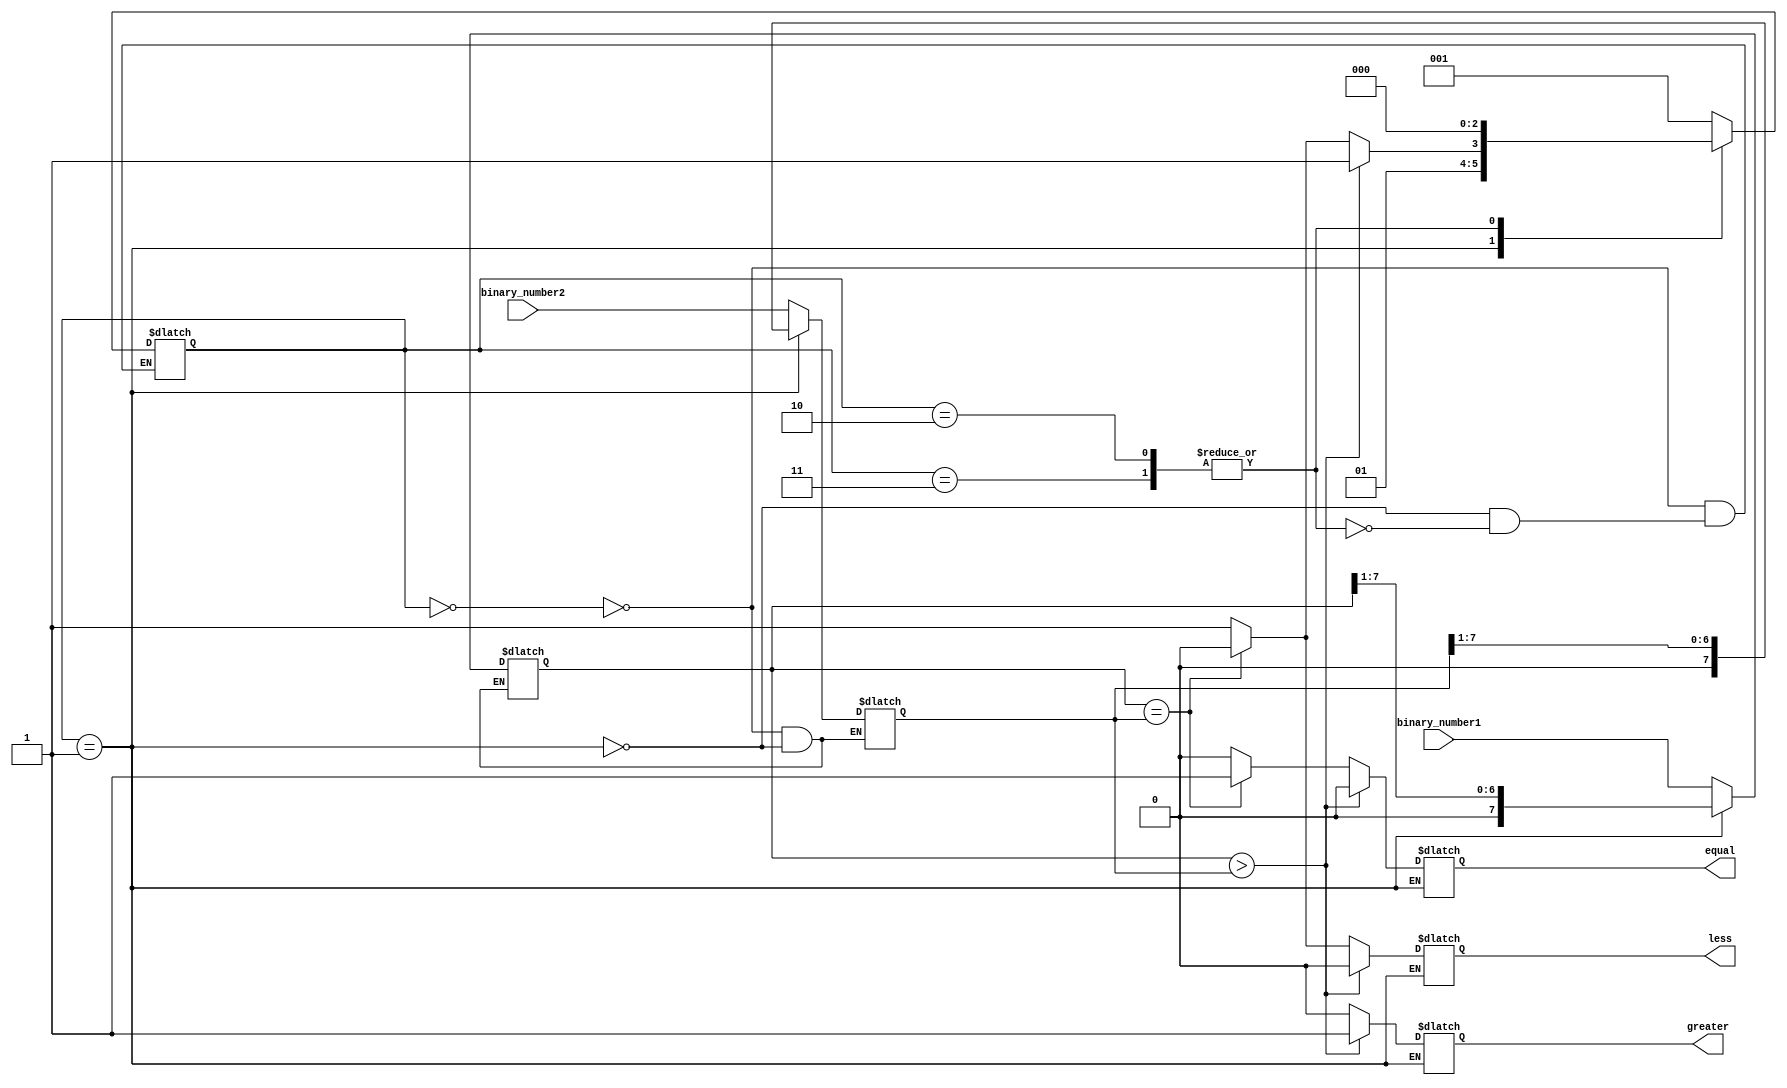
module serial_comparator (
    input wire [7:0] binary_number1, // 8-bit binary number 1
    input wire [7:0] binary_number2, // 8-bit binary number 2
    output reg greater, // Output indicating binary number 1 is greater
    output reg equal, // Output indicating binary number 1 is equal to binary number 2
    output reg less // Output indicating binary number 1 is less than binary number 2
);

reg [7:0] temp1; // Temporary register to store binary number 1
reg [7:0] temp2; // Temporary register to store binary number 2
reg [2:0] state; // State variable to keep track of comparison process

always @(*) begin
    case(state)
        0: begin // Initialize comparison process
            temp1 <= binary_number1;
            temp2 <= binary_number2;
            state <= 1;
        end
        1: begin // Compare each bit sequentially
            if(temp1 > temp2) begin
                greater <= 1;
                equal <= 0;
                less <= 0;
                state <= 3; // Binary number 1 is greater
            end else if(temp1 == temp2) begin
                greater <= 0;
                equal <= 1;
                less <= 0;
                state <= 2; // Binary number 1 is equal to binary number 2
            end else begin
                greater <= 0;
                equal <= 0;
                less <= 1;
                state <= 3; // Binary number 1 is less than binary number 2
            end
            temp1 <= temp1 >> 1; // Shift right to compare the next bit
            temp2 <= temp2 >> 1; // Shift right to compare the next bit
        end
        2, 3: begin // Comparison process completed
            state <= 0;
        end
    endcase
end

endmodule